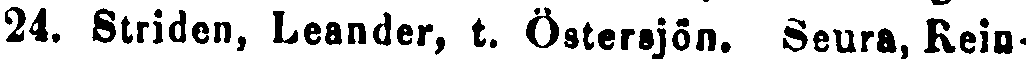
24. Striden, Leander, t. Östersjön. Seura, kem-